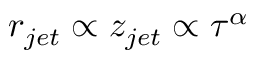
r _ { j e t } \propto z _ { j e t } \propto \tau ^ { \alpha }